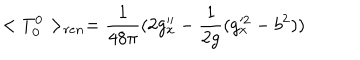
LaTeX: < T _ { 0 } ^ { 0 } > _ { r e n } = { \frac { 1 } { 4 8 \pi } } ( 2 g _ { x } ^ { \prime \prime } - { \frac { 1 } { 2 g } } ( g _ { x } ^ { 2 } - b ^ { 2 } ) )